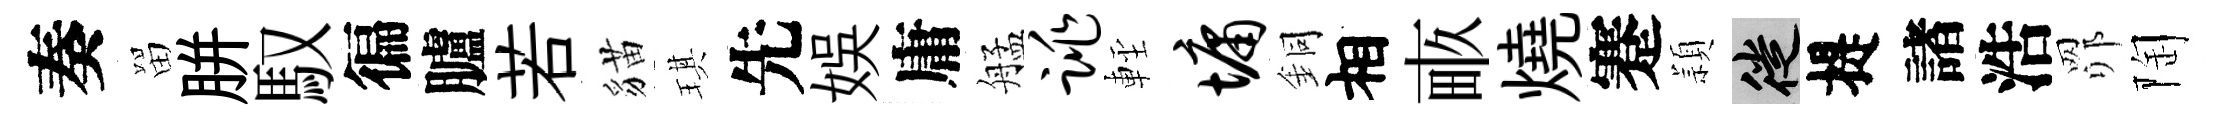
奏㽞胼馭徧臚若貓琪先娱庸艋跳䡖墉銅相畞燒蹇頴徙提諸浩𦊑陶